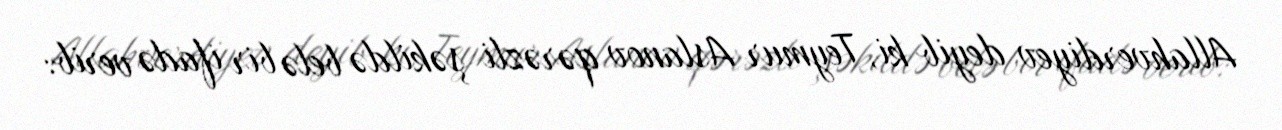
Allahverdiyev deyib ki, Teymur Aslanov qərəzli şəkildə belə bir ifadə verib: